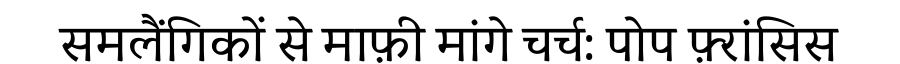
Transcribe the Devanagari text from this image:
समलैंगिकों से माफ़ी मांगे चर्च: पोप फ़्रांसिस